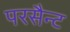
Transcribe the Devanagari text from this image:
परसैन्ट